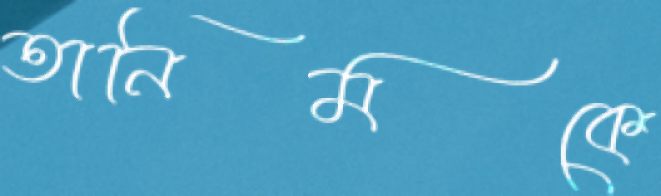
তানিমকে